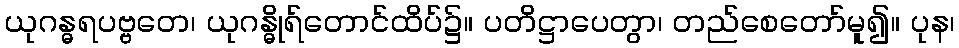
ယုဂန္ဓရပဗ္ဗတေ၊ ယုဂန္ဓိုရ်တောင်ထိပ်၌။ ပတိဋ္ဌာပေတွာ၊ တည်စေတော်မူ၍။ ပုန၊